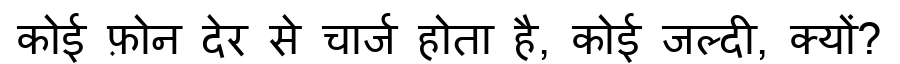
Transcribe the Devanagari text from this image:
कोई फ़ोन देर से चार्ज होता है, कोई जल्दी, क्यों?